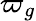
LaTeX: \varpi_{g}